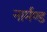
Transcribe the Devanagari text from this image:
नार्मण्ड